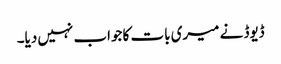
ڈیوڈ نے میری بات کا جواب نہیں دیا۔